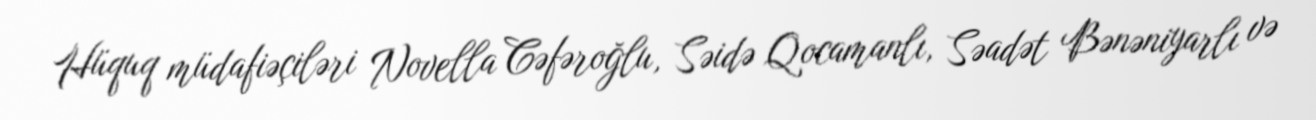
Hüquq müdafiəçiləri Novella Cəfəroğlu, Səidə Qocamanlı, Səadət Bənəniyarlı və